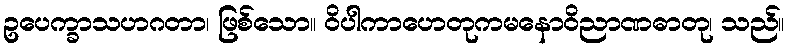
ဥပေက္ခာသဟဂတာ၊ ဖြစ်သော။ ဝိပါကာဟေတုကမနောဝိညာဏဓာတု၊ သည်။